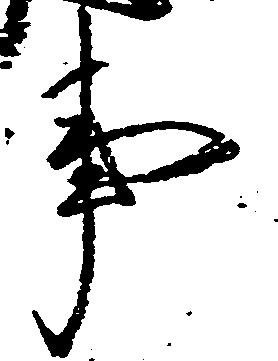
事